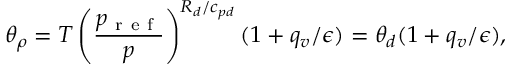
\theta _ { \rho } = T \left( \frac { p _ { \mathrm { ~ r ~ e ~ f ~ } } } { p } \right) ^ { R _ { d } / c _ { p d } } ( 1 + q _ { v } / \epsilon ) = \theta _ { d } ( 1 + q _ { v } / \epsilon ) ,